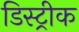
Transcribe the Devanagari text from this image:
डिस्ट्रीक